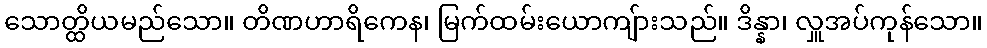
သောတ္ထိယမည်သော။ တိဏဟာရိကေန၊ မြက်ထမ်းယောကျ်ားသည်။ ဒိန္နာ၊ လှူအပ်ကုန်သော။